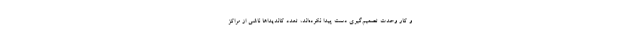
و كار وحدت تصميم‌گيري دست پيدا نكرده‌اند، تعدد كانديداها ناشي از مراكز